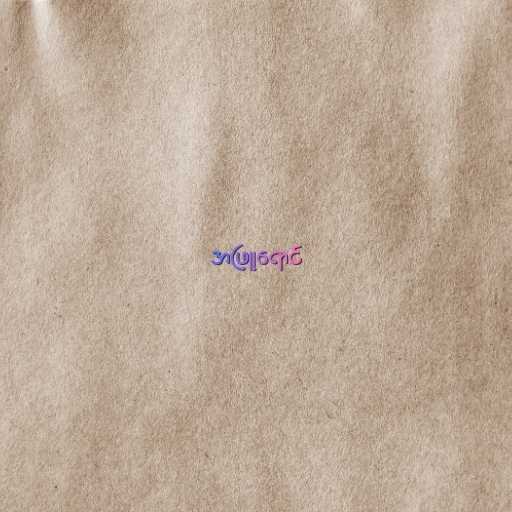
အဖြူရောင်